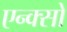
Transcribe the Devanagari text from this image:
एन्क्सो